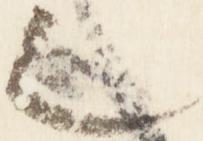
之